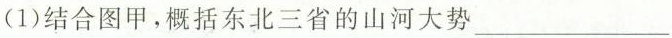
(1)结合图甲，概括东北三省的山河大势___